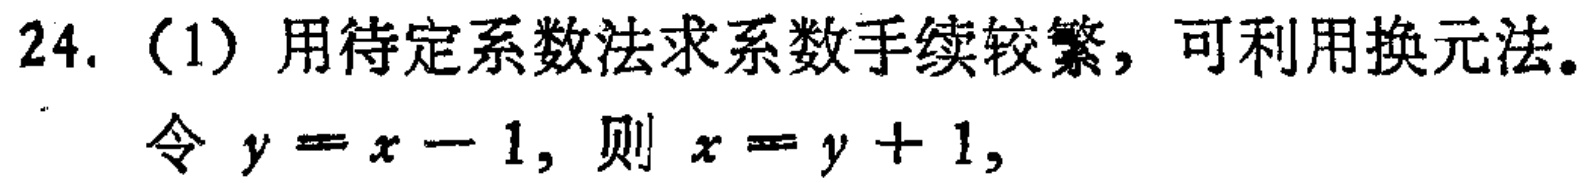
24.（1）用待定系数法求系数手续较繁，可利用换元法。

令 \(y = x - 1\)，则 \(x = y + 1\)，